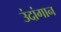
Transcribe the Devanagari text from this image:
उंदांगान